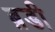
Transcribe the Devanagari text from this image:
ब़डी